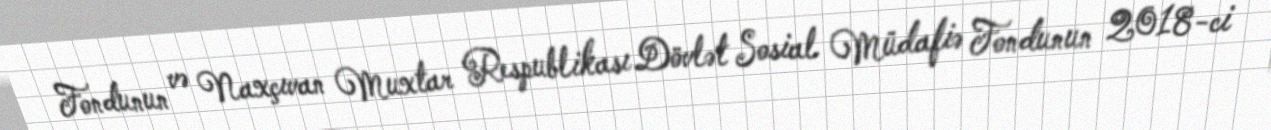
Fondunun və Naxçıvan Muxtar Respublikası Dövlət Sosial Müdafiə Fondunun 2018-ci